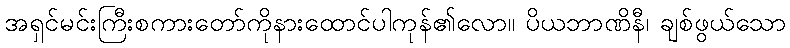
အရှင်မင်းကြီးစကားတော်ကိုနားထောင်ပါကုန်၏လော။ ပိယဘာဏိနီ၊ ချစ်ဖွယ်သော